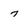
Character: 7